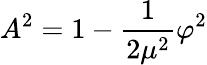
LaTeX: A^{2}=1-\frac{1}{2\mu^{2}}\varphi^{2}